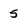
Character: 5